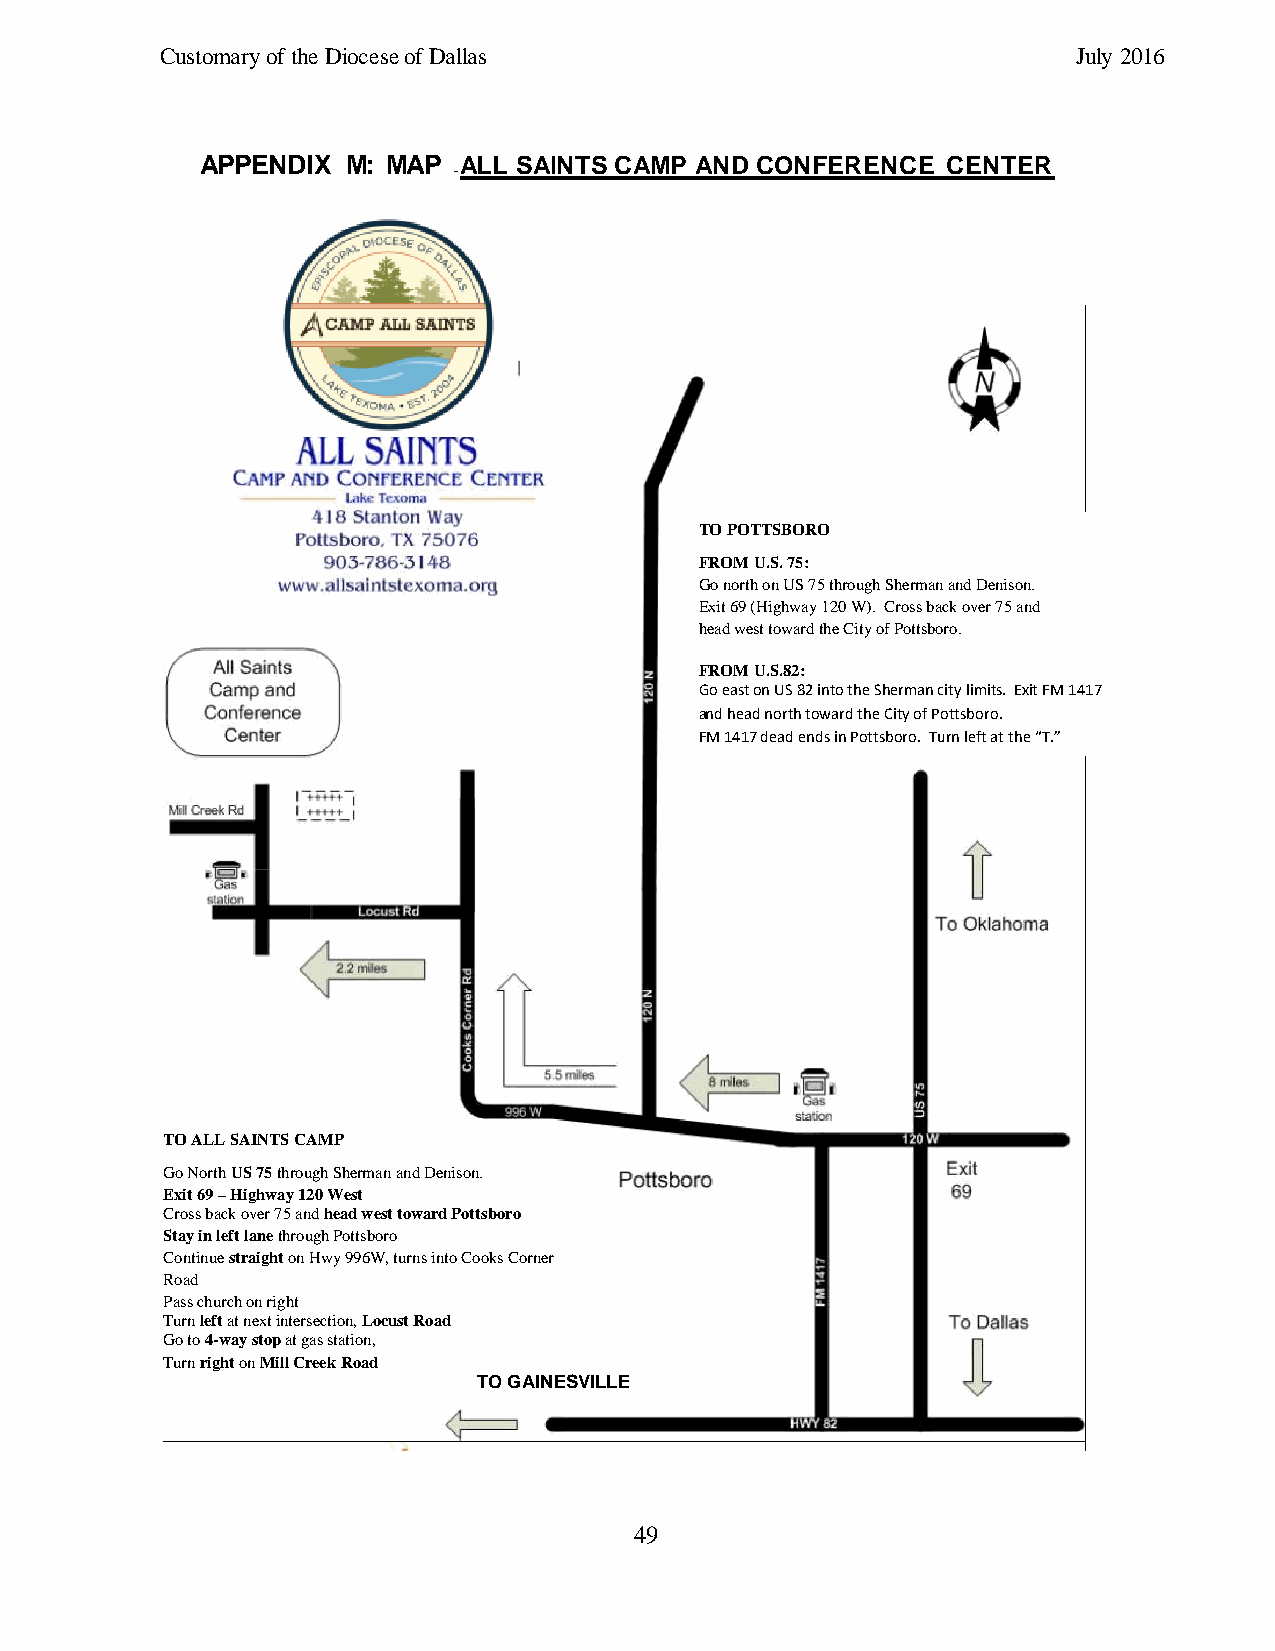
Customary of the Diocese of Dallas                          July 2016
 APPENDIX  M: MAP ALL SAINTS CAMP AND CONFERENCE   CENTER
 –
 TO POTTSBORO
 FROM U.S. 75:
 Go north on US 75 through Sherman and Denison.
 Exit 69 (Highway 120 W). Cross back over 75 and
 head west toward the City of Pottsboro.
 FROM U.S.82:
 Go east on US 82 into the Sherman city limits. Exit FM 1417
 and head north toward the City of Pottsboro.
 FM 1417 dead ends in Pottsboro. Turn left at the “T.”
 TO ALL SAINTS CAMP
 Go North US 75 through Sherman and Denison.
 Exit 69 – Highway 120 West
 Cross back over 75 and head west toward Pottsboro
 Stay in left lane through Pottsboro
 Continue straight on Hwy 996W, turns into Cooks Corner
 Road
 Pass church on right
 Turn left at next intersection, Locust Road
 Go to 4-way stop at gas station,
 Turn right on Mill Creek Road
 Gate is ½ mile on right next to cemetery TO GAINESVILLE
 49